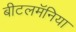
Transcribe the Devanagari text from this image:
बीटलमॅनिया